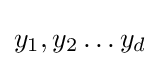
y_{1},y_{2}\dots y_{d}